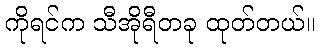
ကိုရင်က သီအိုရီတခု ထုတ်တယ်။